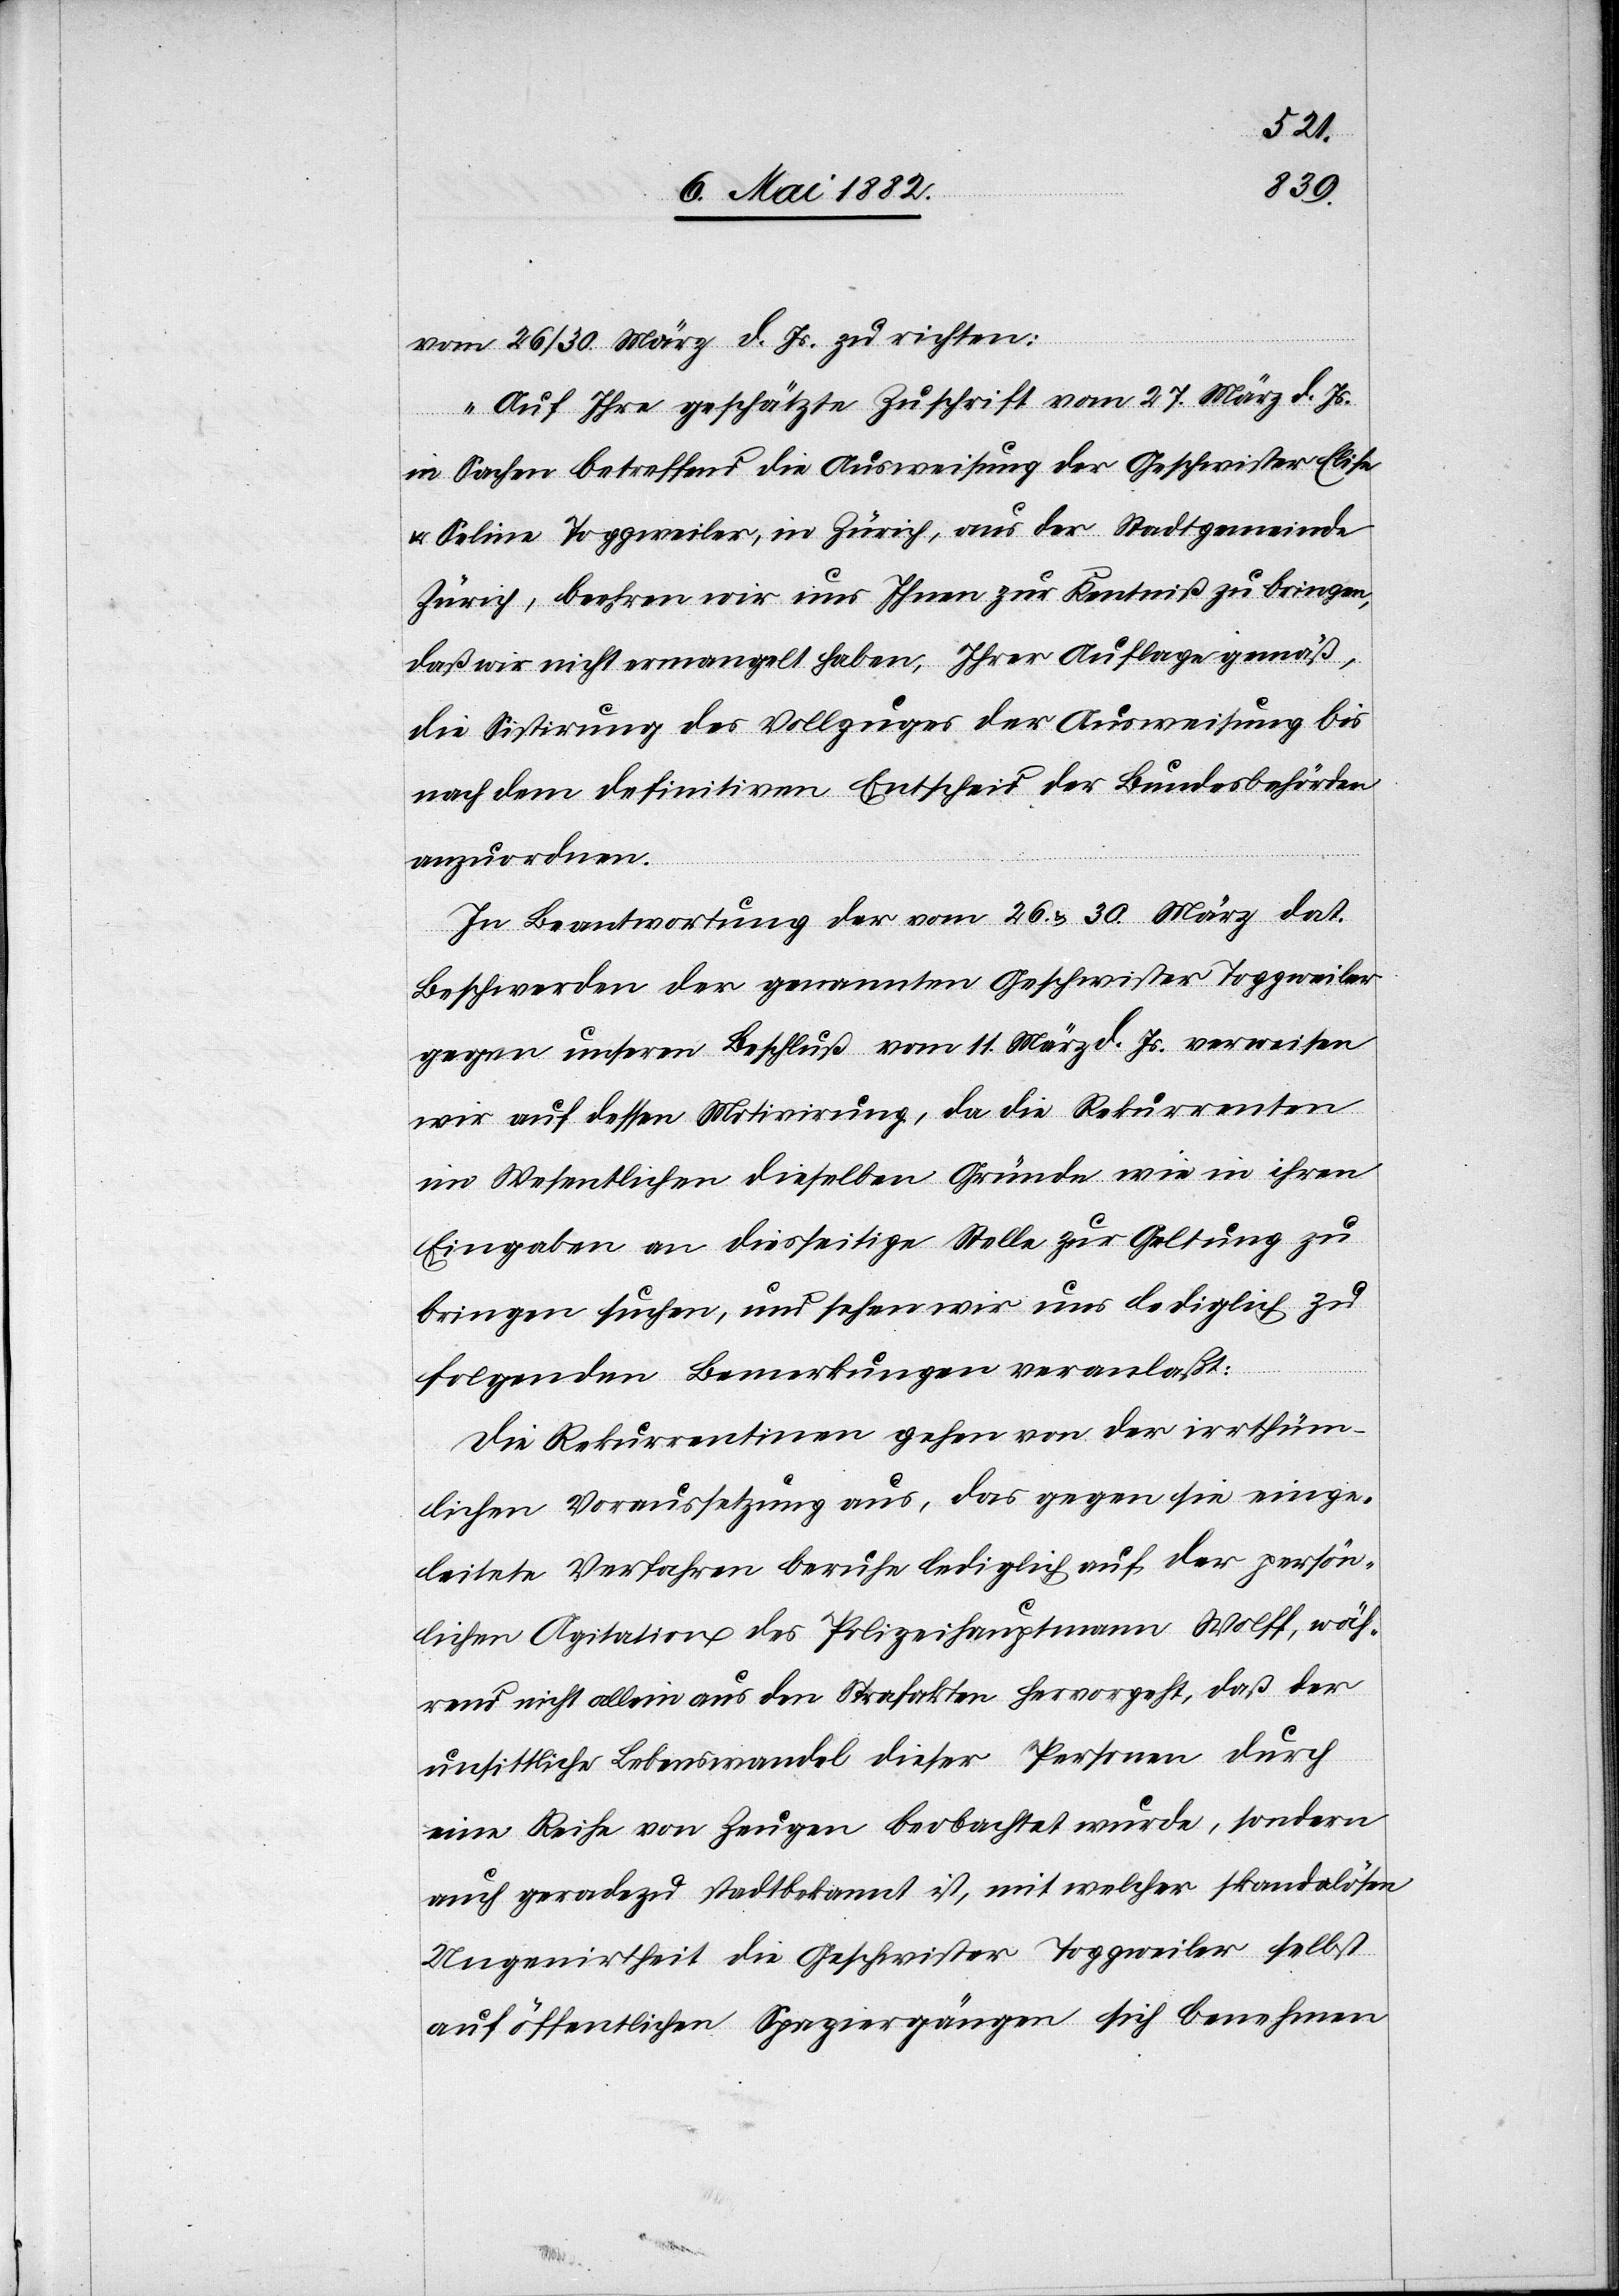
vom 26./30. März d. Js. zu richten:
„Auf Ihre geschätzte Zuschrift vom 27. März d. Js.
in Sachen betreffend die Ausweisung der Geschwister Elise
& Seline Toggweiler, in Zürich, aus der Stadtgemeinde
Zürich, beehren wir uns Ihnen zur Kenntniß zu bringen,
daß wir nicht ermangelt haben, Ihrer Auflage gemäß,
die Sistirung des Vollzuges der Ausweisung bis
nach dem definitiven Entscheid der Bundesbehörden
anzuordnen.
In Beantwortung der vom 26. & 30. März dat.
Beschwerden der genannten Geschwister Toggweiler
gegen unseren Beschluß vom 11. März d. Js. verweisen
wir auf dessen Motivirung, da die Rekurrenten
im Wesentlichen dieselben Gründe wie in ihren
Eingaben an diesseitige Stelle zur Geltung zu
bringen suchen, und sehen wir uns lediglich zu
folgenden Bemerkungen veranlaßt:
Die Rekurrentinnen gehen von der irrthüm¬
lichen Voraussetzung aus, das gegen sie einge¬
leitete Verfahren beruhe lediglich auf der persön¬
lichen Agitation des Polizeihauptmann Wolff, wäh¬
rend nicht allein aus den Strafakten hervorgeht, daß der
unsittliche Lebenswandel dieser Personen durch
eine Reihe von Zeugen beobachtet wurde, sondern
auch geradezu stadtbekannt ist, mit welcher skandalösen
Ungenirtheit die Geschwister Toggweiler selbst
auf öffentlichen Spaziergängen sich benehmen